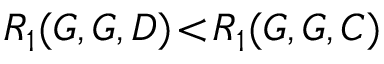
R _ { 1 } ( G , G , D ) \! < \! R _ { 1 } ( G , G , C )